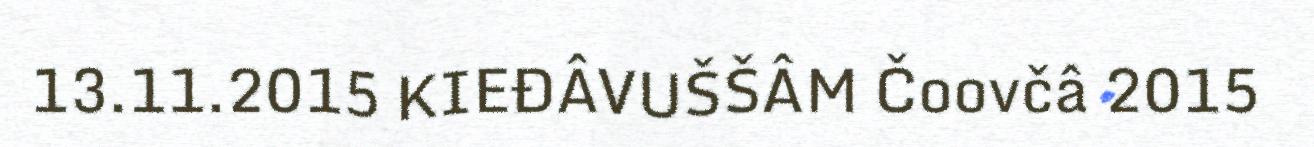
13.11.2015 KIEĐÂVUŠŠÂM Čoovčâ 2015